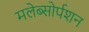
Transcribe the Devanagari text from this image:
मलेब्सोर्पशन